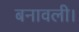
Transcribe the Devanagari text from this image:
बनावली।